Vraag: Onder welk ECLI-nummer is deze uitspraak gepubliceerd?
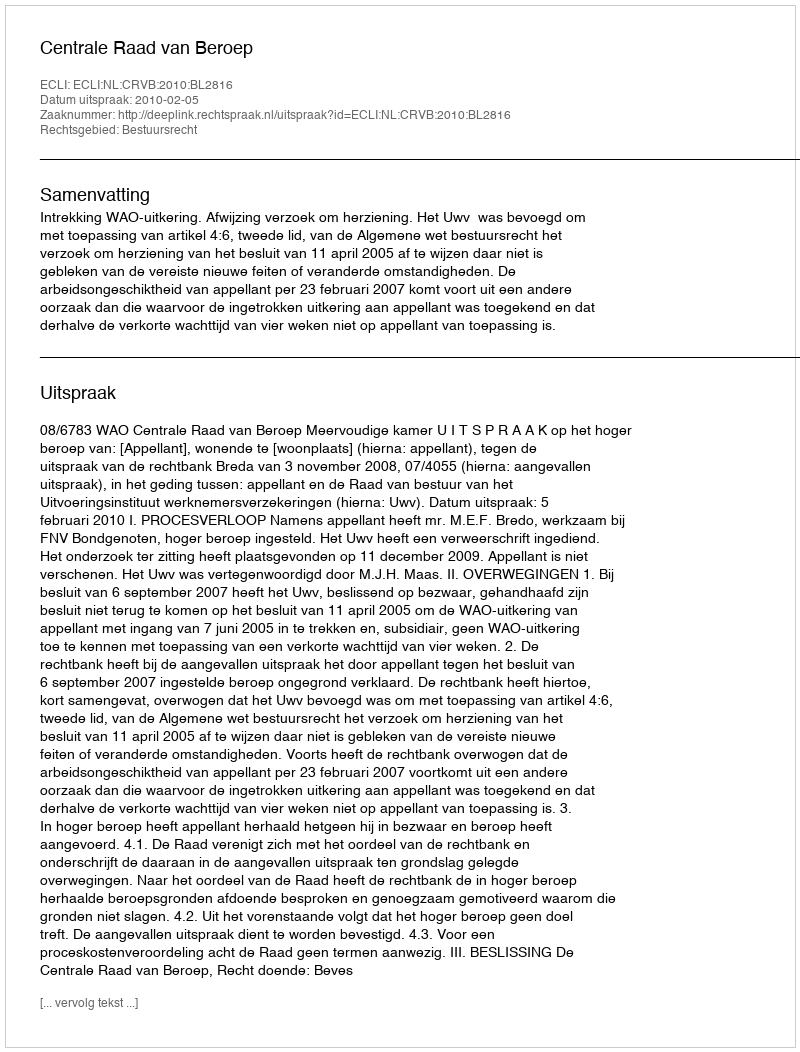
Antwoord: ECLI:NL:CRVB:2010:BL2816